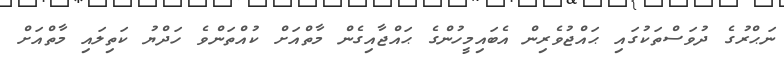
ނަޙްރުގެ ދުވަސްތަކުގައި ޙައްޖުވެރިން އެބައިމީހުންގެ ޙައްޖާއިގެން މާތްއަށް ކުއްތަންވެ ހަދްޔު ކަތިލައި މާތްއަށް